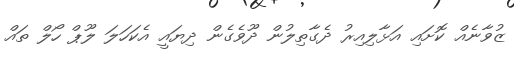
ޒުވާނެއް ކޮށައި އަޅާލިއިރު ދެގާތިލުން ދޫވެގެން ދިޔައީ އެކަހަލަ ލޫޕް ހޯލް ތައް